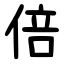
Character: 倍